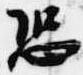
恐